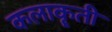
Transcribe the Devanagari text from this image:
कलाकॄती